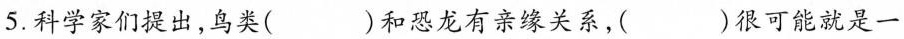
5.科学家们提出，鸟类( )和恐龙有亲缘关系，( )很可能就是一